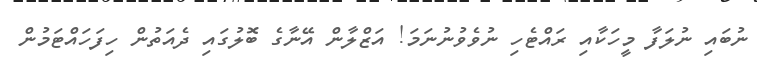
ނުބައި ނުލަފާ މީހަކާއި ރައްޓެހި ނުވެވުނުނަމަ! އަޒްލާން އޭނާގެ ބޮލުގައި ދެއަތުން ހިފަހައްޓަމުން